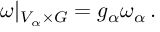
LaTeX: \omega | _ { V _ { \alpha } \times G } = g _ { \alpha } \omega _ { \alpha } \, .